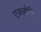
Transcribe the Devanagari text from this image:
एक्लौति